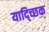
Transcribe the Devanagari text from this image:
याद्च्छिक